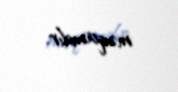
məqamdır.